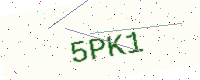
Text: 5PK1